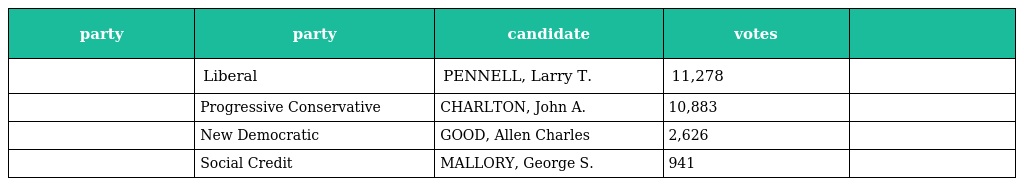
| party | party | candidate | votes |  |
 | --- | --- | --- | --- | --- |
 |  | Liberal | PENNELL, Larry T. | 11,278 |  |
 |  | Progressive Conservative | CHARLTON, John A. | 10,883 |  |
 |  | New Democratic | GOOD, Allen Charles | 2,626 |  |
 |  | Social Credit | MALLORY, George S. | 941 |  |